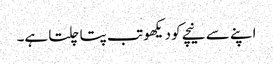
اپنے سے نیچے کو دیکھو تب پتا چلتا ہے۔